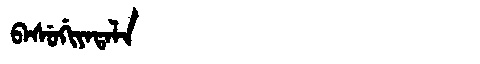
Manchu: ᠪᠠᠰᡠᡤᡳᠶᠠᡨᠠᠯᠠ
Romanization: BASUGIYATALA